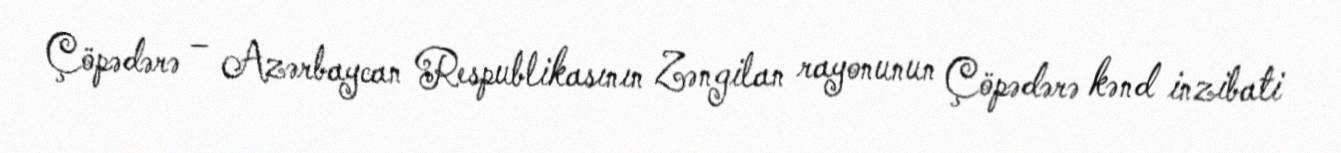
Çöpədərə – Azərbaycan Respublikasının Zəngilan rayonunun Çöpədərə kənd inzibati